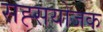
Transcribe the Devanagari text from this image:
सह्सयोजक